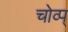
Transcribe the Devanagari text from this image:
चोव्प्